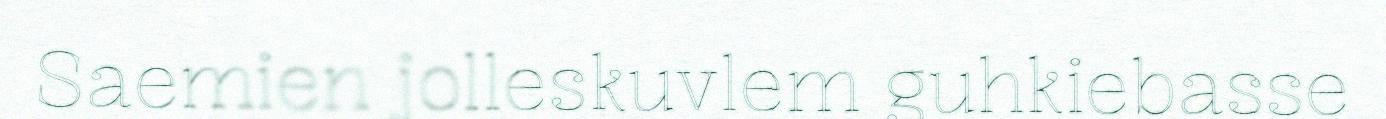
Saemien jolleskuvlem guhkiebasse